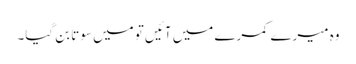
وہ میرے کمرے میں آئیں تو میں سوتا بن گیا۔